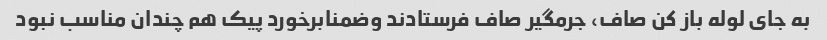
به جای لوله باز کن صاف، جرمگیر صاف فرستادند وضمنابرخورد پیک هم چندان مناسب نبود